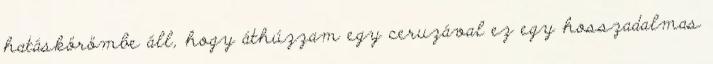
hatáskörömbe áll, hogy áthúzzam egy ceruzával ez egy hosszadalmas